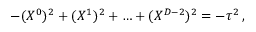
- ( X ^ { 0 } ) ^ { 2 } + ( X ^ { 1 } ) ^ { 2 } + \ldots + ( X ^ { D - 2 } ) ^ { 2 } = - \tau ^ { 2 } \, ,